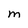
Character: M